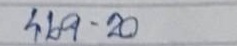
469 - 20